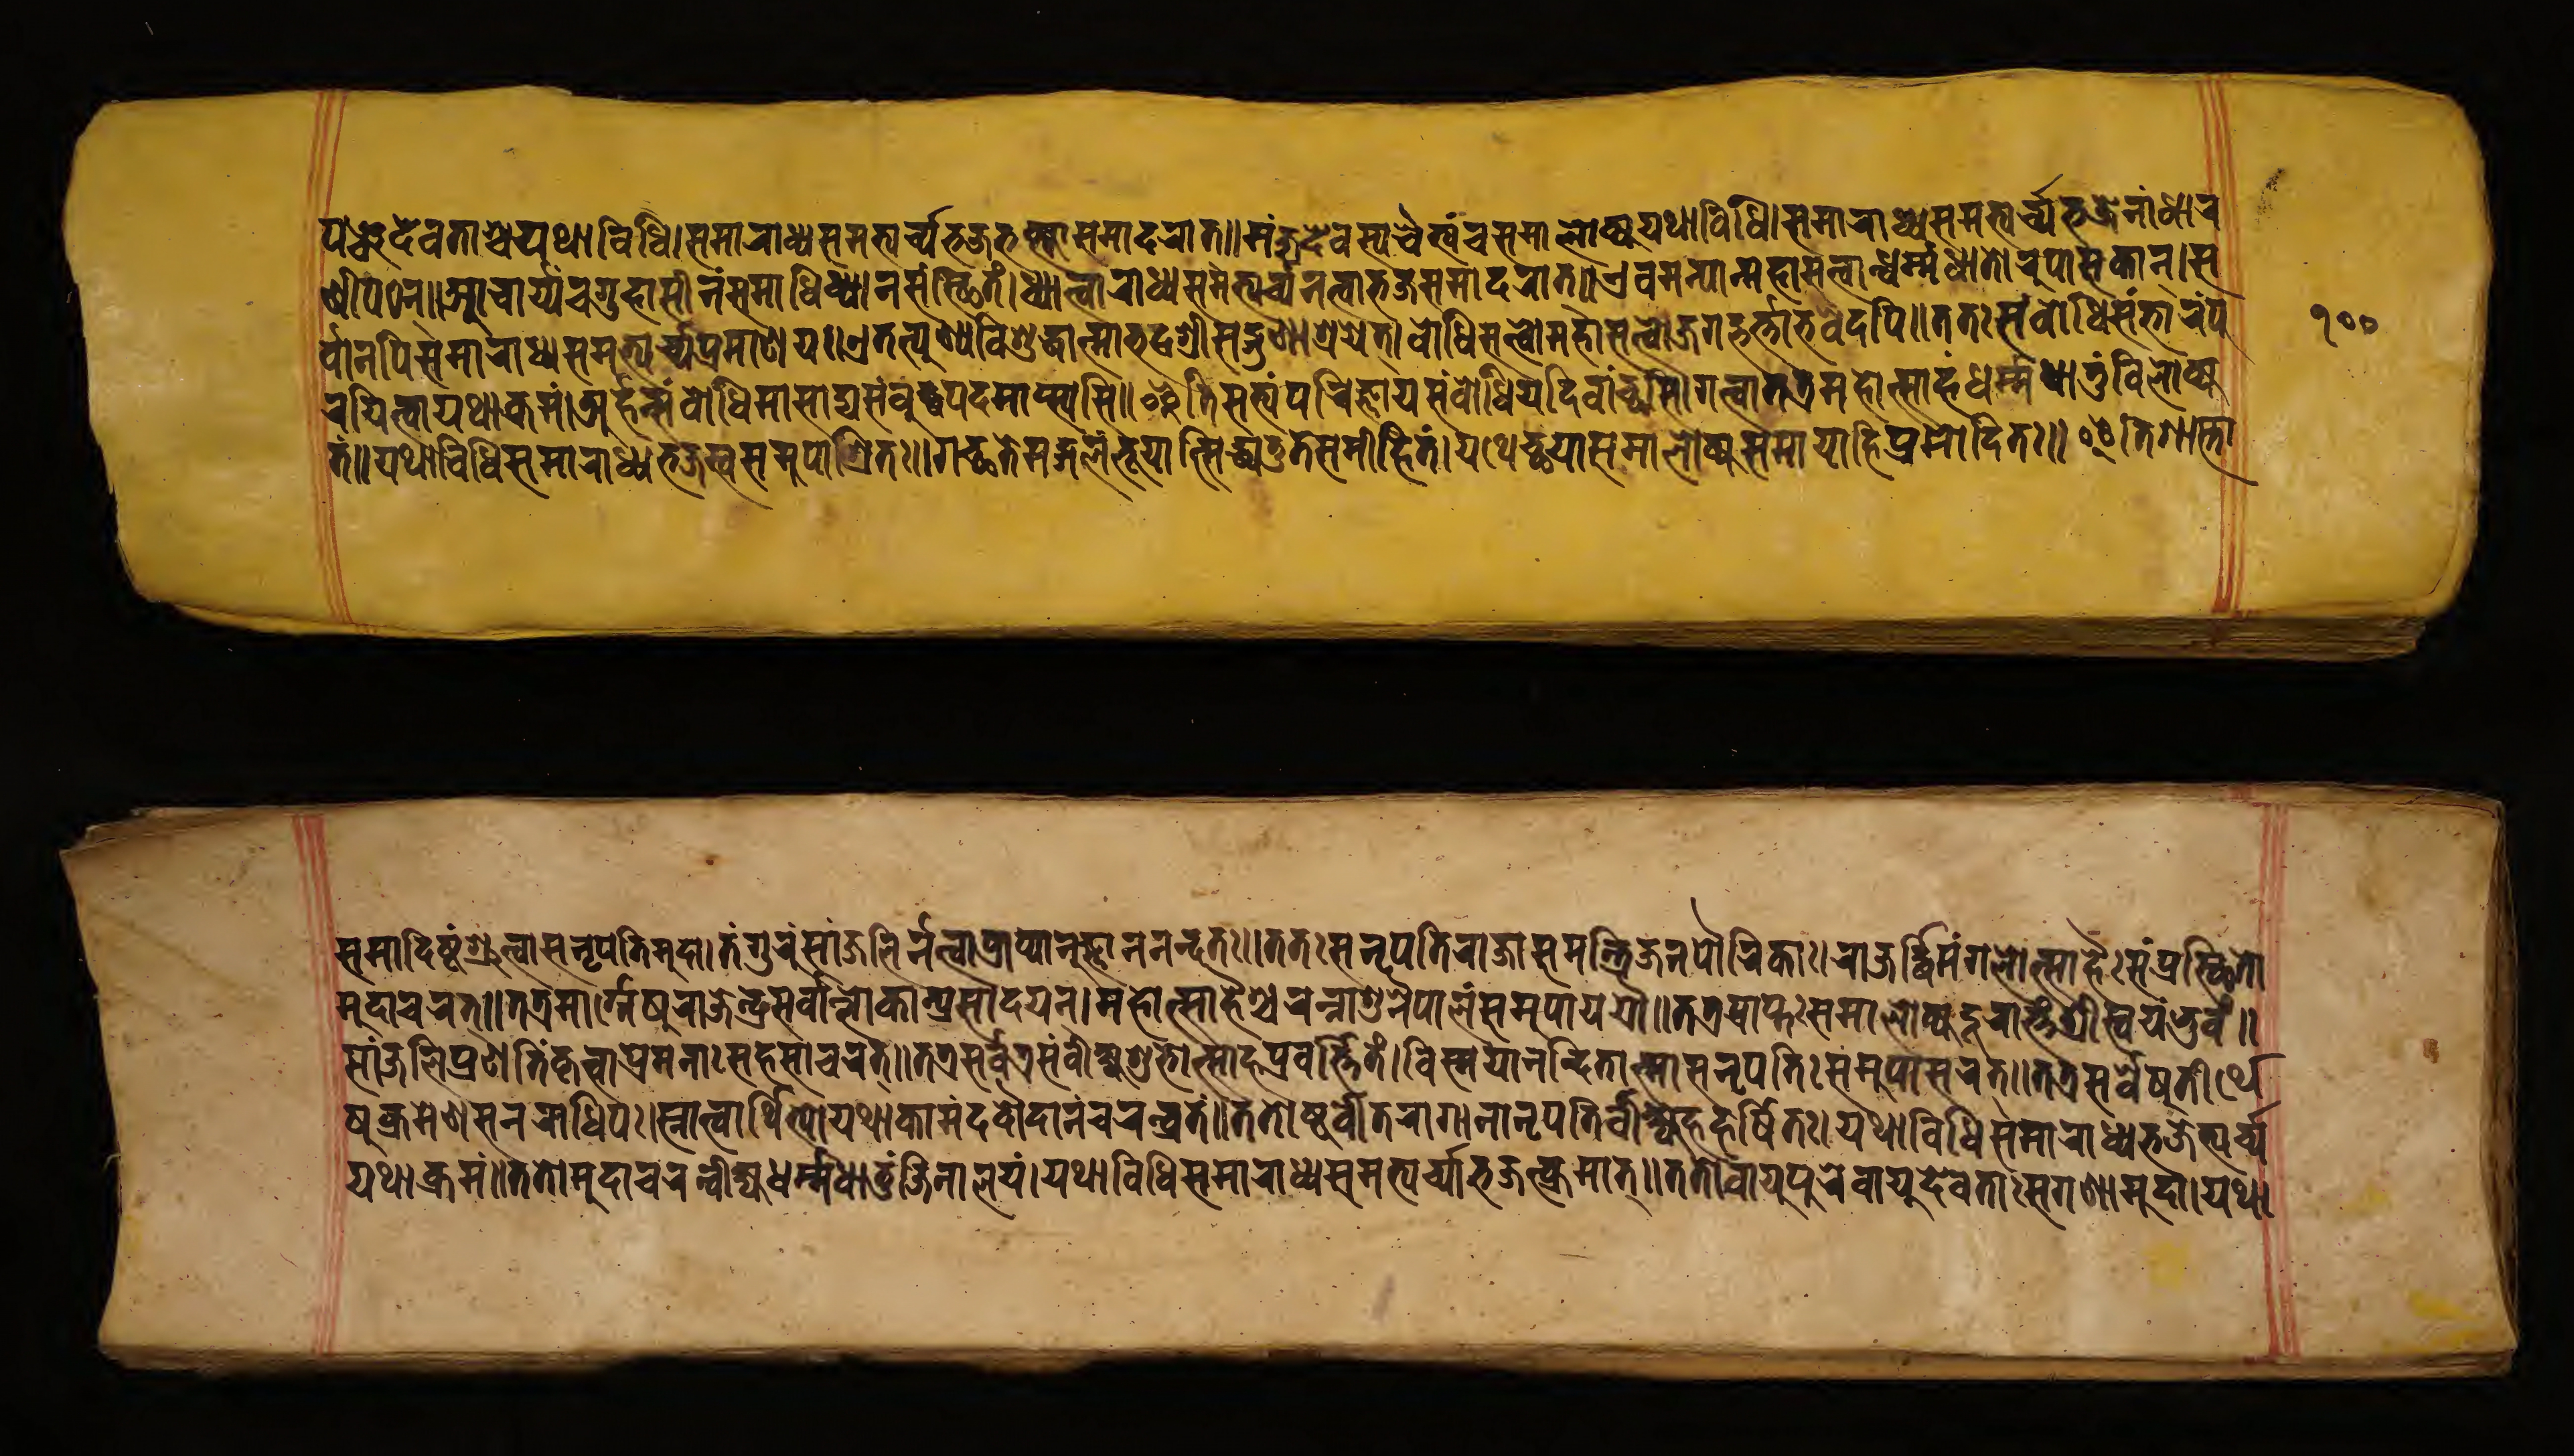
𑐥𑐘𑑂𑐔𑐡𑐾𑐰𑐟𑐵𑐱𑑂𑐔𑐫𑐠𑐵𑐰𑐶𑐢𑐶𑑋𑐳𑐩𑐵𑐬𑐵𑐢𑑂𑐫𑐳𑐩𑐨𑑂𑐫𑐬𑑂𑐔𑑂𑐫𑐨𑐖𑐨𑐎𑑂𑐟𑑂𑐫𑐵𑐳𑐩𑐵𑐡𑐬𑐵𑐟𑑂𑑋𑐩𑐘𑑂𑐖𑐸𑐡𑐾𑐰𑐳𑑂𑐫𑐔𑐿𑐟𑑂𑐫𑑄𑐔𑐳𑐩𑐵𑐮𑑀𑐎𑑂𑐫𑐫𑐠𑐵𑐰𑐶𑐢𑐶𑑋𑐳𑐩𑐵𑐬𑐵𑐢𑑂𑐫𑐳𑐩𑐨𑑂𑐫𑐬𑑂𑐔𑑂𑐫𑐨𑐖𑐾𑐣𑐵𑑄𑐢𑐵𑐬 𑐞𑐷𑑄𑐥𑐛𑐣𑑂𑑋𑐁𑐔𑐵𑐬𑑂𑐫𑐔𑐐𑐸𑐴𑐵𑐳𑐷𑐣𑑄𑐳𑐩𑐵𑐢𑐶𑐢𑑂𑐫𑐵𑐣𑐳𑑄𑐳𑑂𑐠𑐶𑐟𑑄𑑌𑐢𑑂𑐫𑐵𑐟𑑂𑐰𑐵𑐬𑐵𑐢𑑂𑐫𑐳𑐩𑐨𑑂𑐫𑐬𑑂𑐔𑑂𑐫𑐣𑐟𑑂𑐰𑐵𑐨𑐖𑐳𑐩𑐵𑐡𑐬𑐵𑐟𑑂𑑋𑐊𑐰𑐩𑐣𑑂𑐫𑐵𑐣𑑂𑐩𑐴𑐵𑐳𑐟𑑂𑐟𑑂𑐰𑐵𑐣𑑂𑐢𑐬𑑂𑐩𑑂𑐩𑐢𑐵𑐟𑑀𑐬𑐹𑐥𑐵𑐳𑐎𑐵𑐣𑑂𑑌𑐳 𑐬𑑂𑐰𑐵𑐣𑐥𑐶𑐳𑐩𑐵𑐬𑐵𑐢𑑂𑐫𑐳𑐩𑐨𑑂𑐫𑐬𑑂𑐔𑑂𑐫𑐥𑑂𑐬𑐞𑐵𑐩𑐫𑑋𑐊𑐟𑐟𑑂𑐥𑐸𑐞𑑂𑐫𑐰𑐶𑐱𑐸𑐡𑑂𑐢𑐵𑐟𑑂𑐩𑐵𑐨𑐡𑑂𑐬𑐱𑑂𑐬𑐷𑐳𑐡𑑂𑐐𑐸𑐞𑐵𑐱𑑂𑐬𑐫𑑅𑑌𑐧𑑀𑐢𑐶𑐳𑐟𑑂𑐟𑑂𑐰𑐵𑐩𑐴𑐵𑐳𑐟𑑂𑐟𑑂𑐰𑐵𑐖𑐐𑐡𑑂𑐨𑐬𑑂𑐟𑑂𑐟𑐵𑐨𑐰𑐾𑐡𑐥𑐶𑑋𑐟𑐟𑑅𑐳𑑄𑐧𑑀𑐢𑐶𑐳𑑄𑐨𑐵𑐬𑑄𑐥𑐹 𑐬𑐫𑐶𑐟𑑂𑐰𑐵𑐫𑐠𑐵𑐎𑑂𑐬𑐩𑑄𑑌𑐀𑐬𑑂𑐴𑐣𑑂𑐳𑑄𑐧𑑀𑐢𑐶𑐩𑐵𑐳𑐵𑐡𑑂𑐫𑐳𑑄𑐧𑐸𑐡𑑂𑐢𑐥𑐡𑐩𑐵𑐥𑑂𑐳𑑂𑐫𑐳𑐶𑑋𑐂𑐟𑐶𑐳𑐟𑑂𑐫𑑄𑐥𑐬𑐶𑐖𑑂𑐘𑐵𑐫𑐳𑑄𑐧𑑀𑐢𑐶𑐫𑐡𑐶𑐰𑐵𑐘𑑂𑐕𑐳𑐶𑑌𑐐𑐟𑑂𑐰𑐵𑐟𑐟𑑂𑐬𑐩𑐴𑑀𑐟𑑂𑐳𑐵𑐴𑐿𑐬𑑂𑐢𑐬𑑂𑐩𑑂𑐩𑐢𑐵𑐟𑐸𑑄𑐰𑐶𑐮𑑀𑐎𑑂𑐫 𑐟𑑄𑑌𑐫𑐠𑐵𑐰𑐶𑐢𑐶𑐳𑐩𑐵𑐬𑐵𑐢𑑂𑐫𑐨𑐖𑐳𑑂𑐰𑐳𑐩𑐸𑐥𑐵𑐱𑑂𑐬𑐶𑐟𑑅𑑌𑐐𑐔𑑂𑐕𑐟𑐾𑐩𑐒𑑂𑐐𑐮𑑄𑐨𑐸𑐫𑐵𑐟𑑂𑐳𑐶𑐢𑑂𑐫𑐟𑐸𑐟𑐾𑐳𑐩𑐷𑐴𑐶𑐟𑑄𑑋𑐫𑐠𑐾𑐔𑑂𑐕𑐫𑐵𑐳𑐩𑐵𑐮𑑀𑐎𑑂𑐫𑐳𑐩𑐵𑐫𑐵𑐴𑐶𑐥𑑂𑐬𑐩𑑀𑐡𑐶𑐟𑑅𑑌𑐂𑐟𑐶𑐱𑐵𑐳𑑂𑐟𑑂𑐬𑐵 𑐳𑐩𑐵𑐡𑐶𑐲𑑂𑐚𑑄𑐱𑑂𑐬𑐸𑐟𑑂𑐰𑐵𑐳𑐣𑐺𑐥𑐟𑐶𑐬𑑂𑐩𑐸𑐡𑐵𑑋𑐟𑑄𑐐𑐸𑐬𑐸𑑄𑐳𑐵𑐘𑑂𑐖𑐮𑐶𑐬𑑂𑐣𑐟𑑂𑐰𑐵𑐥𑑂𑐬𑐵𑐥𑑂𑐫𑐵𑐣𑐸𑐖𑑂𑐘𑐵𑐩𑐣𑐣𑑂𑐡𑐟𑑅𑑌𑐟𑐟𑑅𑐳𑐣𑐺𑐥𑐟𑐷𑐬𑐵𑐖𑐵𑐳𑐩𑐣𑑂𑐟𑑂𑐬𑐶𑐖𑐣𑐥𑑁𑐬𑐶𑐎𑐵𑑅𑑋𑐬𑐵𑐖𑐬𑑂𑐡𑑂𑐢𑐶𑐩𑑄𑐐𑐮𑑀𑐟𑑂𑐳𑐵𑐴𑐿𑑅𑐳𑑄𑐥𑑂𑐬𑐳𑑂𑐠𑐶𑐟𑑀 𑐩𑐸𑐡𑐵𑐔𑐬𑐟𑑂𑑌𑐟𑐟𑑂𑐬𑐩𑐵𑐬𑑂𑐐𑐾𑐳𑐬𑐵𑐖𑐾𑐣𑑂𑐡𑑂𑐬𑑅𑐳𑐬𑑂𑐰𑐵𑐣𑑂𑐮𑑀𑐎𑐵𑐣𑑂𑐥𑑂𑐬𑐳𑐵𑐡𑐫𑐣𑑂𑑋𑐩𑐴𑑀𑐟𑑂𑐳𑐵𑐴𑐿𑐱𑑂𑐔𑐬𑐣𑑂𑐣𑐵𑐱𑐸𑐣𑐿𑐥𑐵𑐮𑑄𑐳𑐩𑐸𑐥𑐵𑐫𑐫𑑁𑑌𑐟𑐟𑑂𑐬𑐥𑑂𑐬𑐵𑐥𑑂𑐟𑑅𑐳𑐩𑐵𑐮𑑀𑐎𑑂𑐫𑐡𑐹𑐬𑐵𑐟𑑂𑐟𑑄𑐱𑑂𑐬𑐷𑐳𑑂𑐰𑐫𑑄𑐩𑑂𑐨𑐸𑐰𑑄𑑋 𑐳𑐵𑐘𑑂𑐖𑐮𑐶𑐥𑑂𑐬𑐞𑐟𑐶𑑄𑐎𑐺𑐟𑑂𑐰𑐵𑐥𑑂𑐬𑐩𑐣𑐵𑑅𑐳𑐴𑐳𑐵𑐔𑐬𑐾𑐟𑑂𑑌𑐟𑐟𑑂𑐬𑐳𑐬𑑂𑐰𑐟𑑂𑐬𑐳𑑄𑐰𑐷𑐎𑑂𑐲𑑂𑐫𑐱𑐸𑐨𑑀𑐟𑑂𑐳𑐵𑐴𑐥𑑂𑐬𑐰𑐬𑑂𑐟𑑂𑐟𑐶𑐟𑑄𑑋𑐰𑐶𑐳𑑂𑐩𑐫𑐵𑐣𑐣𑑂𑐡𑐶𑐟𑐵𑐣𑑂𑐳𑐵𑐳𑐣𑐺𑐥𑐟𑐶𑑅𑐳𑐩𑐸𑐥𑐵𑐳𑐬𑐾𑐟𑑂𑑌𑐟𑐟𑑂𑐬𑐳𑐬𑑂𑐰𑐾𑐲𑐸𑐟𑐷𑐬𑑂𑐠𑐾 𑐲𑐸𑐎𑑂𑐬𑐩𑐾𑐞𑐳𑐣𑐬𑐵𑐢𑐶𑐥𑑅𑑋𑐳𑑂𑐣𑐵𑐟𑑂𑐰𑐵𑐬𑑂𑐠𑐶𑐨𑑂𑐫𑑀𑐫𑐠𑐵𑐎𑐵𑐩𑑄𑐡𑐡𑑁𑐡𑐵𑐣𑑄𑐔𑐬𑐣𑑂𑐰𑑂𑐬𑐟𑑄𑑌𑐟𑐟𑑀𑐲𑑂𑐚𑑁𑐰𑐷𑐟𑐬𑐵𑐐𑐵𑐣𑑂𑐳𑐣𑐺𑐥𑐟𑐶𑐬𑑂𑐰𑐷𑐎𑑂𑐲𑑂𑐫𑐴𑐬𑑂𑐲𑐶𑐟𑑅𑑋𑐫𑐠𑐵𑐰𑐶𑐢𑐶𑐳𑐩𑐵𑐬𑐵𑐢𑑂𑐫𑐨𑐖𑐟𑑂𑐫𑐬𑑂𑐔𑑂𑐫 𑐫𑐠𑐵𑐰𑐶𑐢𑐶𑑌𑐟𑐟𑑀𑐩𑐸𑐡𑐵𑐔𑐬𑐣𑑂𑐰𑐷𑐎𑑂𑐲𑑂𑐫𑐢𑐬𑑂𑐩𑑂𑐩𑐢𑐵𑐟𑐸𑑄𑐖𑐶𑐣𑐵𑐮𑐫𑑄𑑋𑐫𑐠𑐵𑐰𑐶𑐢𑐶𑐳𑐩𑐵𑐬𑐵𑐢𑑂𑐫𑐳𑐩𑐨𑑂𑐫𑐬𑑂𑐔𑑂𑐫𑐵𑐨𑐖𑐣𑑂𑐎𑑂𑐬𑐩𑐵𑐟𑑂𑑌𑐟𑐟𑑀𑐰𑐵𑐫𑐸𑐥𑐸𑐬𑐾𑐰𑐵𑐫𑐸𑐡𑐾𑐰𑐟𑐵𑑄𑐳𑐐𑐞𑐵𑑄𑐩𑐸𑐡𑐵𑑋𑐫𑐠𑐵 𑑑𑑐𑑐